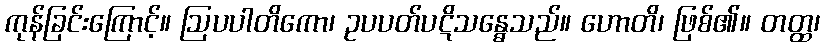
ကုန်ခြင်းကြောင့်။ ဩပပါတိကော၊ ဥပပတ်ပဋိသန္ဓေသည်။ ဟောတိ၊ ဖြစ်၏။ တတ္ထ၊